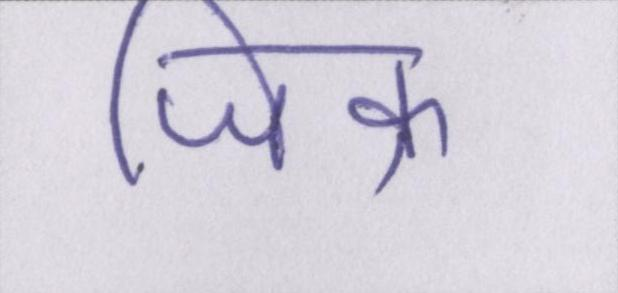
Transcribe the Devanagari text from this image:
जिक्र